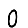
Digit: 0